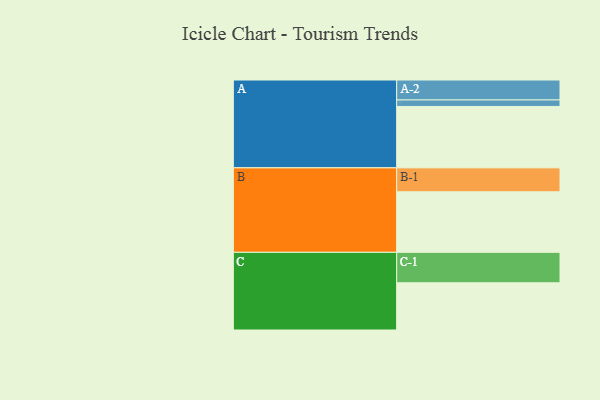
{"axis": {"x": "Segment", "y": "Value"}, "legend": ["", "A", "B", "C"], "data": [{"x": "A", "y": 585, "type": ""}, {"x": "B", "y": 577, "type": ""}, {"x": "C", "y": 450, "type": ""}, {"x": "A-1", "y": 62, "type": "A"}, {"x": "A-2", "y": 190, "type": "A"}, {"x": "B-1", "y": 228, "type": "B"}, {"x": "C-1", "y": 290, "type": "C"}]}